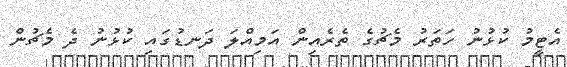
އެޓީމު ކުޅުނު ހަތަރު މެޗުގެ ތެރެއިން އަމިއްލަ ދަނޑުގައި ކުޅުނު ދެ މެޗުން